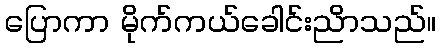
ပြောကာ မိုက်ကယ်ခေါင်းညိာသည်။